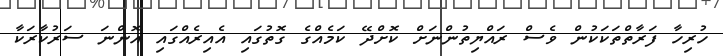
ހުރިހާ ފަރާތްތަކަކުން ވެސް ރައްޔިތުންނަށް ކޮށްދޭ ކަމެއްގެ ގޮތުގައި އެއިރެއްގައި އޮންނަ ސަރުކާރަކާ